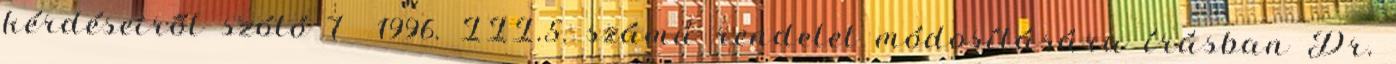
kérdéseiről szóló 7 1996. III.5. számú rendelet módosítására írásban Dr.